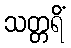
သတ္တရိံ